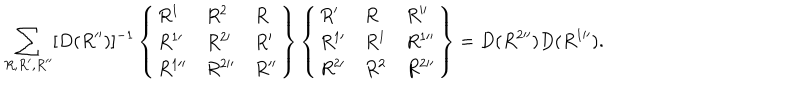
\sum _ { R , R ^ { \prime } , R ^ { \prime \prime } } [ D ( R ^ { \prime \prime } ) ] ^ { - 1 } \left\{ \begin{array} { l l l } { { R ^ { 1 } } } & { { R ^ { 2 } } } & { { R } } \\ { { R ^ { 1 \prime } } } & { { R ^ { 2 \prime } } } & { { R ^ { \prime } } } \\ { { R ^ { 1 \prime \prime } } } & { { R ^ { 2 \prime \prime } } } & { { R ^ { \prime \prime } } } \\ \end{array} \right\} \left\{ \begin{array} { l l l } { { R ^ { \prime } } } & { { R } } & { { R ^ { \prime \prime } } } \\ { { R ^ { 1 \prime } } } & { { R ^ { 1 } } } & { { R ^ { 1 \prime \prime } } } \\ { { R ^ { 2 \prime } } } & { { R ^ { 2 } } } & { { R ^ { 2 \prime \prime } } } \\ \end{array} \right\} = D ( R ^ { 2 \prime \prime } ) D ( R ^ { 1 \prime \prime } ) .